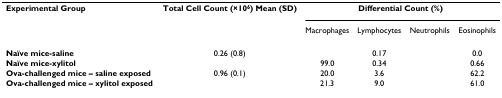
<table><thead><tr><td><b>Experimental Group</b></td><td><b>Total Cell Count (×10<sup>6</sup>) Mean (SD)</b></td><td colspan="4"><b>Differential Count (%)</b></td></tr><tr><td>[EMPTY_CELL]</td><td>[EMPTY_CELL]</td><td><b>Macrophages</b></td><td><b>Lymphocytes</b></td><td><b>Neutrophils</b></td><td><b>Eosinophils</b></td></tr></thead><tbody><tr><td><b>Naïve mice-saline</b></td><td>0.26 (0.8)</td><td>[EMPTY_CELL]</td><td>0.17</td><td>[EMPTY_CELL]</td><td>0.0</td></tr><tr><td><b>Naïve mice-xylitol</b></td><td>[EMPTY_CELL]</td><td>99.0</td><td>0.34</td><td>[EMPTY_CELL]</td><td>0.66</td></tr><tr><td><b>Ova-challenged mice – saline exposed</b></td><td>0.96 (0.1)</td><td>20.0</td><td>3.6</td><td>[EMPTY_CELL]</td><td>62.2</td></tr><tr><td><b>Ova-challenged mice – xylitol exposed</b></td><td>[EMPTY_CELL]</td><td>21.3</td><td>9.0</td><td>[EMPTY_CELL]</td><td>61.0</td></tr></tbody></table>